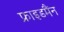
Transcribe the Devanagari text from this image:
फ्राइडमैंन